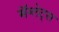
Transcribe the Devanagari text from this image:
मॅग्लेट्स